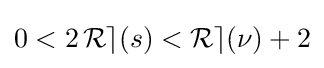
{\textstyle 0<2\operatorname {\mathcal {Re}} (s)<\operatorname {\mathcal {Re}} (\nu )+2}